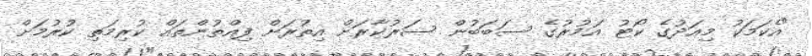
"އެކަމަކު މިއަދުގެ ކޯޓު އަމުރުގެ ސަބަބުން ސަރުކާރަށް އިތުރަށް ފިއްތުންތައް ކުރިމަތި ކުރުމަށް